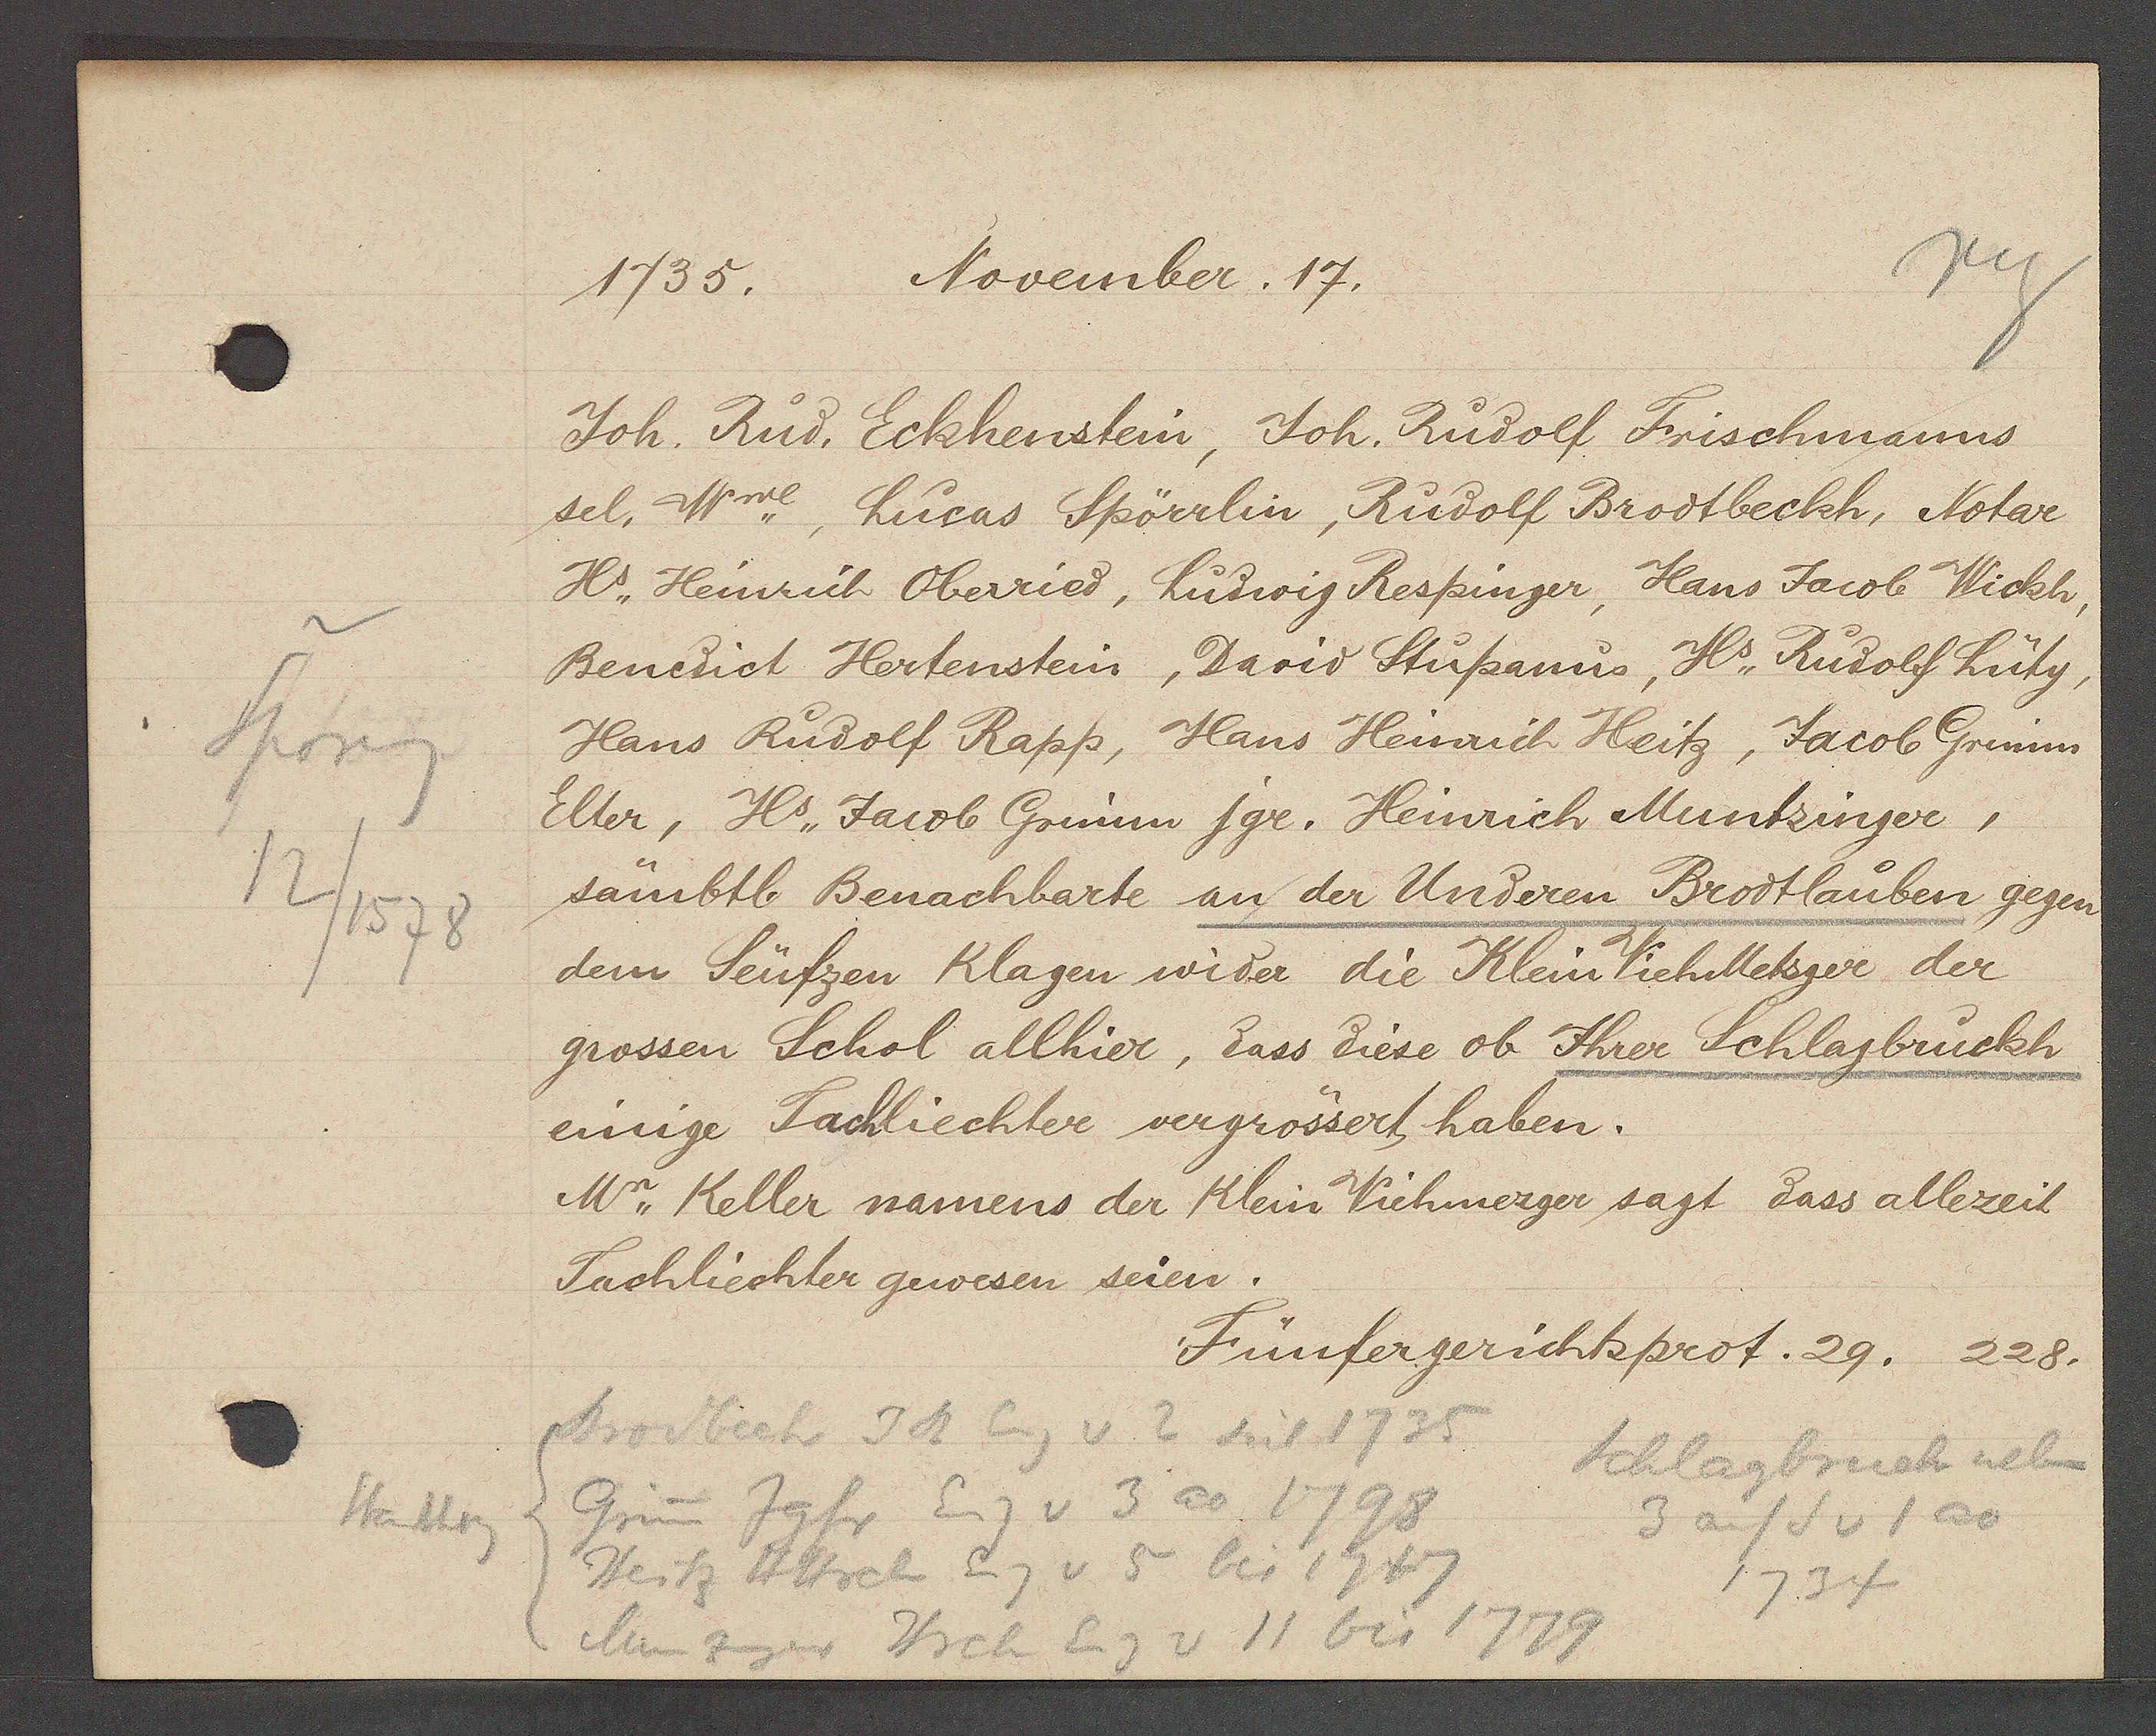
Transcript:
Sporg
12/1578

November. 17.
1735.

Joh. Rud. Eckhenstein, Joh. Rudolf Frischmanns
sel. Wwe, Lucas Spörrlin, Rudolf Brootbeckh, Notar
Hs. Heinrich Oberried, Ludwig Respinger, Hans Jacob Wickh,
Benedict Hertenstein, David Stupanus, Hs. Rudolf Lüty,
Hans Rudolf Rapp, Hans Heinrich Heitz, Jacob Grenim
Elter, Hs. Jacob Grimm jgr. Heinrich Muntzinger,
sämbtl. Benachbarte an der Underen Brodtlauben gegen
dem Seüfzen Klagen wider die Klein Vieh Metzger der
grossen Schol allhier, dass diese ob Ihrer Schlagbruckh
einige Sachliechter vergrössert haben.
Mr. Keller namens der Klein Viehmezger sagt dass allezeit
Tachliechter gewesen seien.

Fünfergerichtsprot. 29. 228.

Brodbeck Jk Eig v 2 seit 1735
Schlagbruch neben
Grin Jgfr Eig v 3 ao 1798
Statterg
3 auf S v 1 ao
Heitz Hhrch Eig v 5 bis 1747
1734
Munzinger Hrch Eig v 11 bis 1779